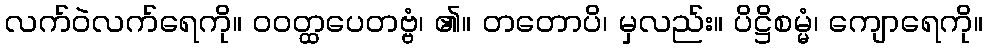
လက်ဝဲလက်ရေကို။ ဝဝတ္ထပေတဗ္ဗံ၊ ၏။ တတောပိ၊ မှလည်း။ ပိဋ္ဌိစမ္မံ၊ ကျောရေကို။